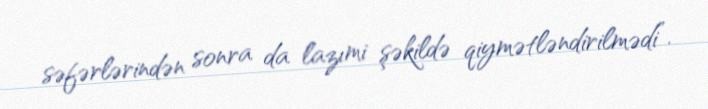
səfərlərindən sonra da lazımi şəkildə qiymətləndirilmədi”.